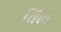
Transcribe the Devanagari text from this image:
तिल